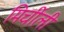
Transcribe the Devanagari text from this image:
मिर्चीली